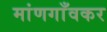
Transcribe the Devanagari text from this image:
मांणगाँवकर